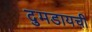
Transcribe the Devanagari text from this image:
दुमडायची